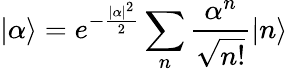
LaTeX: |\alpha\rangle=e^{-\frac{|\alpha|^{2}}{2}}\sum_{n}\frac{\alpha^{n}}{\sqrt{n!}}|n\rangle